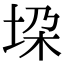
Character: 垜